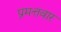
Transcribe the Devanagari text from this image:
प्रमत्तवार